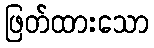
ဖြတ်ထားသော